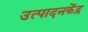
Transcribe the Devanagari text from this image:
उत्पादनकेंद्र